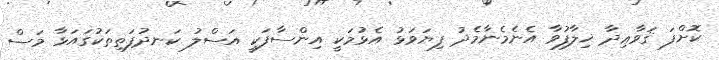
ކޮށްފަ ޤަވާޢިދާ ޚިލާފުވާ އެނެމެނާމެދު ފިޔަވަޅު އެޅުމަކީ އިންސާފަކީ އަސްލު ކަނދުފަތިތަކުގައަޅާ މަސް